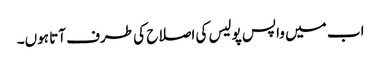
اب میں واپس پولیس کی اصلاح کی طرف آتا ہوں۔